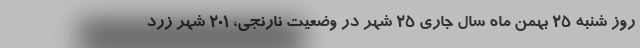
روز شنبه ۲۵ بهمن ماه سال جاری ۲۵ شهر در وضعیت نارنجی، ۲۰۱ شهر زرد